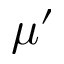
\mu ^ { \prime }